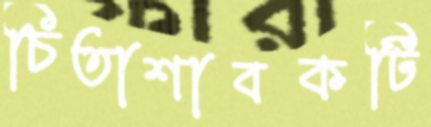
চিতাশাবকটি